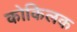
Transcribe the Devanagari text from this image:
कोकिलक